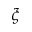
\xi